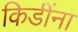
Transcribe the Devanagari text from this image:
किडींना